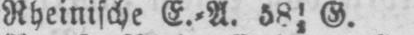
Rheinische E.⸗A. 3812 G.